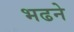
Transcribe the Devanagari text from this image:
भढने